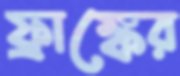
ফ্রাঙ্কের